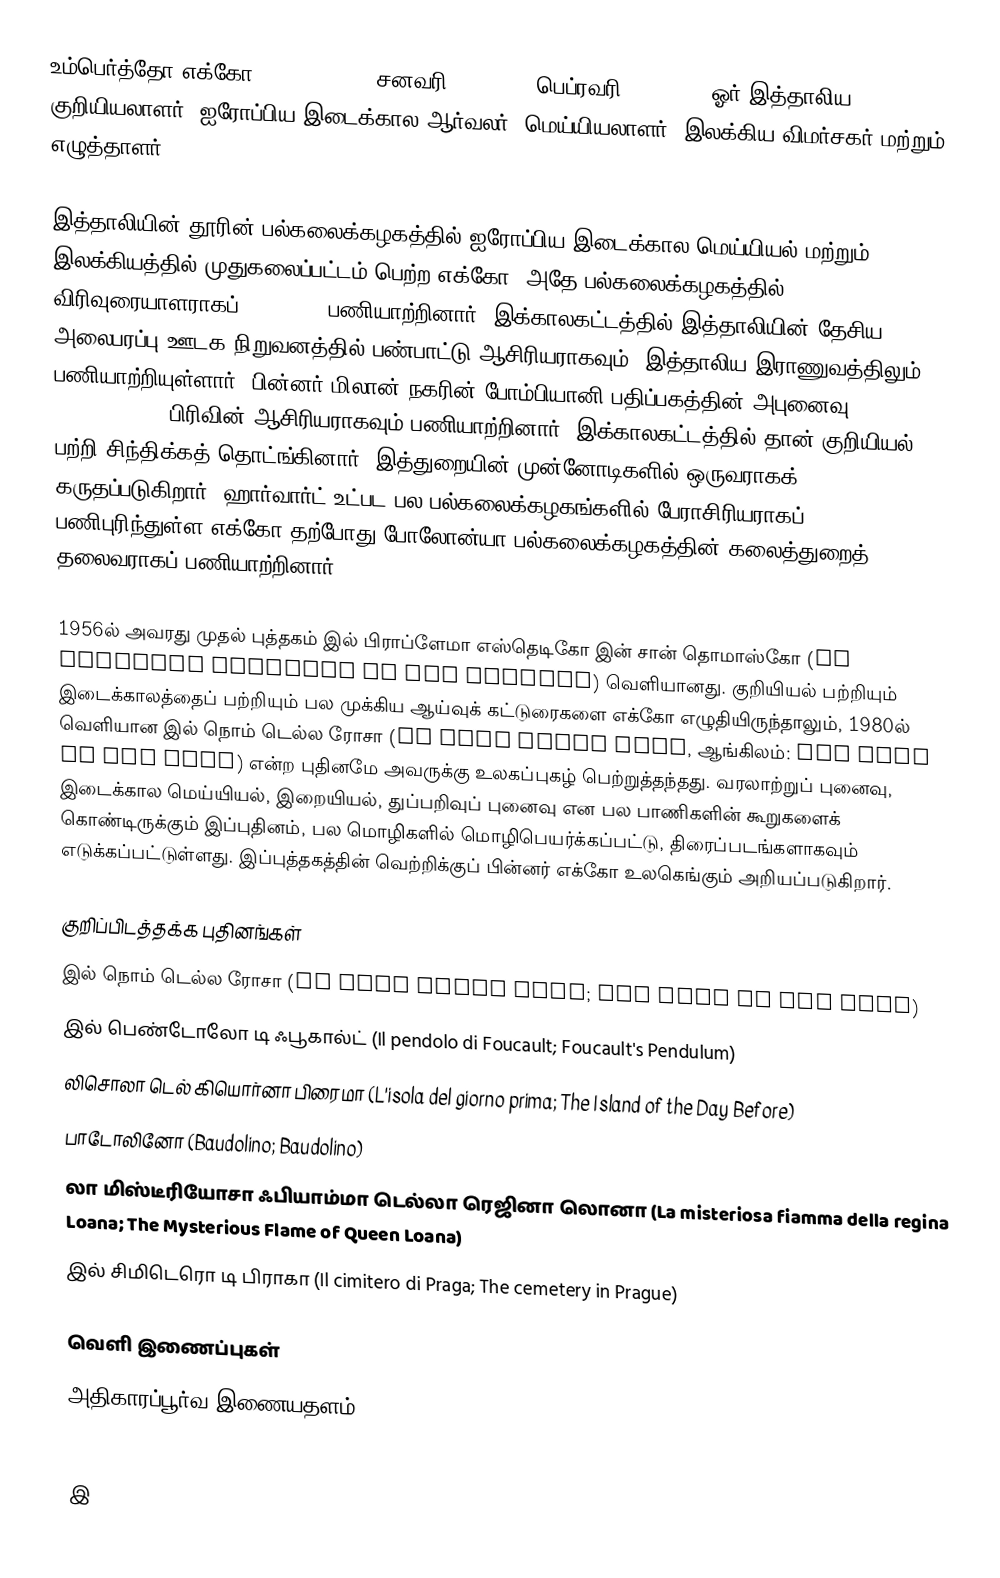
உம்பெர்த்தோ எக்கோ (Umberto Eco, சனவரி 5, 1932 - பெப்ரவரி 19, 2016) ஓர் இத்தாலிய குறியியலாளர், ஐரோப்பிய இடைக்கால ஆர்வலர், மெய்யியலாளர், இலக்கிய விமர்சகர் மற்றும் எழுத்தாளர்.

இத்தாலியின் தூரின் பல்கலைக்கழகத்தில் ஐரோப்பிய இடைக்கால மெய்யியல் மற்றும் இலக்கியத்தில் முதுகலைப்பட்டம் பெற்ற எக்கோ, அதே பல்கலைக்கழகத்தில் விரிவுரையாளராகப் (1956-64) பணியாற்றினார். இக்காலகட்டத்தில் இத்தாலியின் தேசிய அலைபரப்பு ஊடக நிறுவனத்தில் பண்பாட்டு ஆசிரியராகவும், இத்தாலிய இராணுவத்திலும் பணியாற்றியுள்ளார். பின்னர் மிலான் நகரின் போம்பியானி பதிப்பகத்தின் அபுனைவு (non-fiction) பிரிவின் ஆசிரியராகவும் பணியாற்றினார். இக்காலகட்டத்தில் தான் குறியியல் பற்றி சிந்திக்கத் தொட்ங்கினார். இத்துறையின் முன்னோடிகளில் ஒருவராகக் கருதப்படுகிறார். ஹார்வார்ட் உட்பட பல பல்கலைக்கழகங்களில் பேராசிரியராகப் பணிபுரிந்துள்ள எக்கோ தற்போது போலோன்யா பல்கலைக்கழகத்தின் கலைத்துறைத் தலைவராகப் பணியாற்றினார்.

1956ல் அவரது முதல் புத்தகம் இல் பிராப்ளேமா எஸ்தெடிகோ இன் சான் தொமாஸ்கோ (Il problema estetico in San Tommaso) வெளியானது. குறியியல் பற்றியும் இடைக்காலத்தைப் பற்றியும் பல முக்கிய ஆய்வுக் கட்டுரைகளை எக்கோ எழுதியிருந்தாலும், 1980ல் வெளியான இல் நொம் டெல்ல ரோசா (Il nome della rosa, ஆங்கிலம்: The Name of the Rose) என்ற புதினமே அவருக்கு உலகப்புகழ் பெற்றுத்தந்தது. வரலாற்றுப் புனைவு, இடைக்கால மெய்யியல், இறையியல், துப்பறிவுப் புனைவு என பல பாணிகளின் கூறுகளைக் கொண்டிருக்கும் இப்புதினம், பல மொழிகளில் மொழிபெயர்க்கப்பட்டு, திரைப்படங்களாகவும் எடுக்கப்பட்டுள்ளது. இப்புத்தகத்தின் வெற்றிக்குப் பின்னர் எக்கோ உலகெங்கும் அறியப்படுகிறார்.

குறிப்பிடத்தக்க புதினங்கள்
இல் நொம் டெல்ல ரோசா (Il nome della rosa; The Name of the Rose)
இல் பெண்டோலோ டி ஃபூகால்ட் (Il pendolo di Foucault; Foucault's Pendulum)
 லிசொலா டெல் கியொர்னா பிரைமா (L'isola del giorno prima; The Island of the Day Before)
 பாடோலினோ (Baudolino; Baudolino)
 லா மிஸ்டீரியோசா ஃபியாம்மா டெல்லா ரெஜினா லொனா (La misteriosa fiamma della regina Loana; The Mysterious Flame of Queen Loana)
இல் சிமிடெரொ டி பிராகா (Il cimitero di Praga; The cemetery in Prague)

வெளி இணைப்புகள்
 அதிகாரப்பூர்வ இணையதளம்

இ